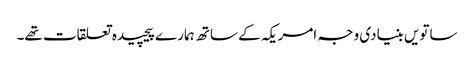
ساتویں بنیادی وجہ امریکہ کے ساتھ ہمارے پیچیدہ تعلقات تھے۔